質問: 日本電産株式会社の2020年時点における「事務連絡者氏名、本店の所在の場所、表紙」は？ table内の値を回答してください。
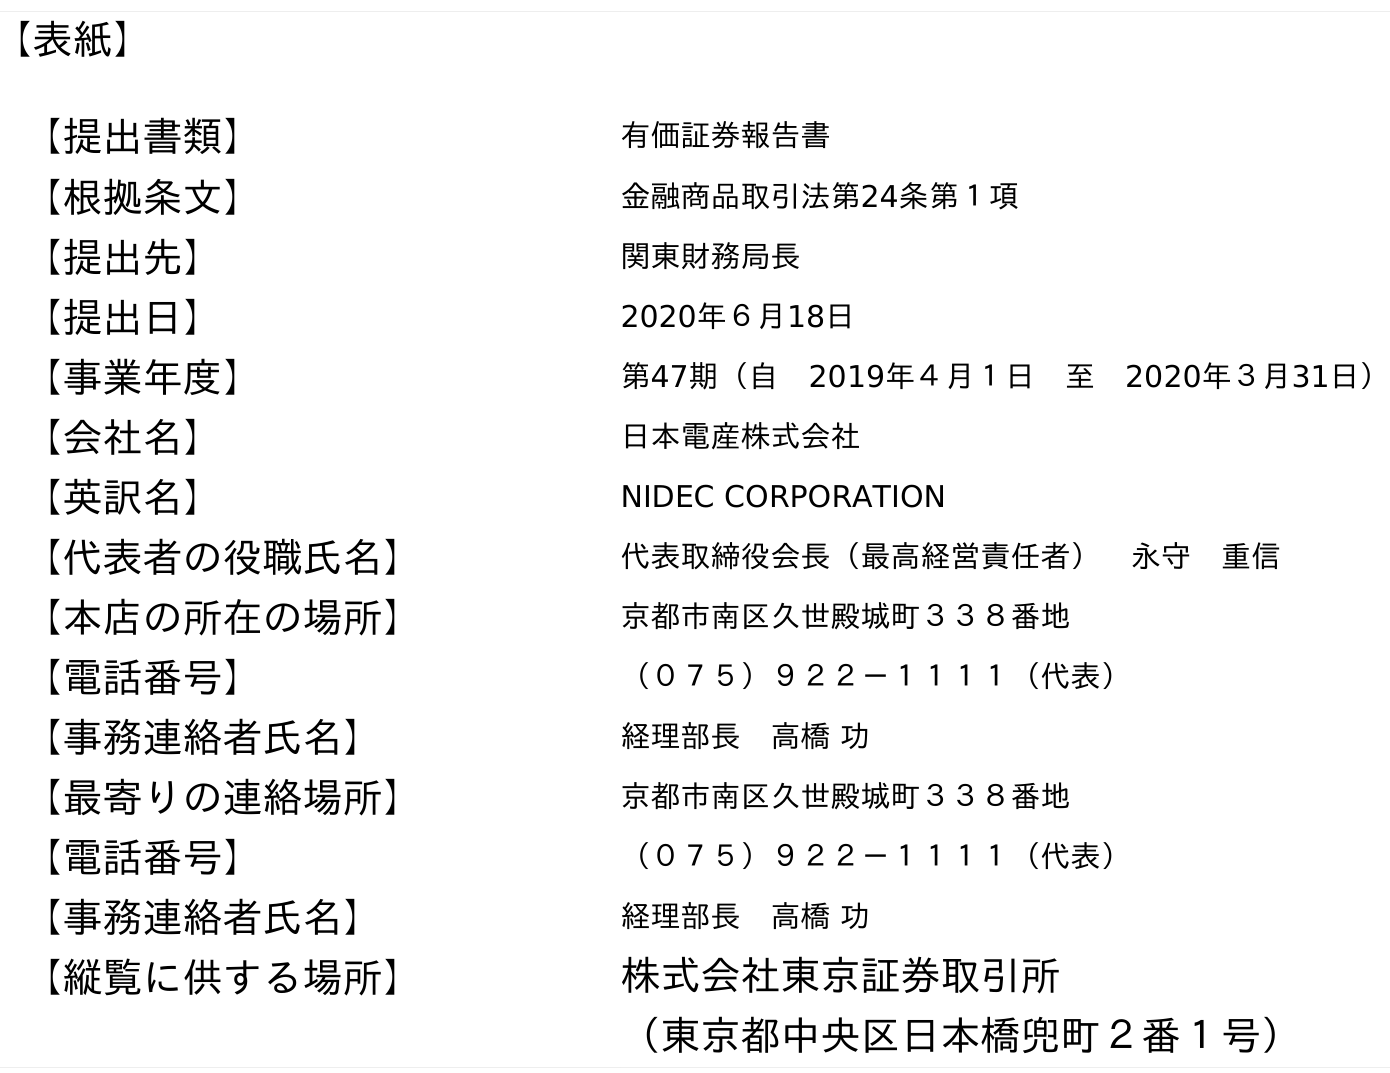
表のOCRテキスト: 【表紙】 【提出書類】 有価証券報告書 【根拠条文】 金融商品取引法第24条第１項 【提出先】 関東財務局長 【提出日】 2020年６月18日 【事業年度】 第47期（自 2019年４月１日 至 2020年３月31日） 【会社名】 日本電産株式会社 【英訳名】 NIDEC CORPORATION 【代表者の役職氏名】 代表取締役会長（最高経営責任者） 永守 重信 【本店の所在の場所】 京都市南区久世殿城町３３８番地 【電話番号】 （０７５）９２２－１１１１（代表） 【事務連絡者氏名】 経理部長 高橋 功 【最寄りの連絡場所】 京都市南区久世殿城町３３８番地 【電話番号】 （０７５）９２２－１１１１（代表） 【事務連絡者氏名】 経理部長 高橋 功 【縦覧に供する場所】 株式会社東京証券取引所 （東京都中央区日本橋兜町２番１号）
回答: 経理部長　高橋 功